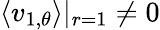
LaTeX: \langle v_{1,\theta}\rangle|_{r=1}\neq 0